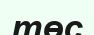
төс